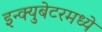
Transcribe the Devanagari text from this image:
इन्क्युबेटरमध्ये